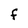
Character: f